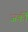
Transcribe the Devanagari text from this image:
जर्की